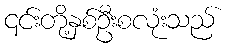
၎င်းတို့နှစ်ဦးစလုံးသည်